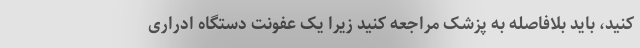
کنید، باید بلافاصله به پزشک مراجعه کنید زیرا یک عفونت دستگاه ادراری